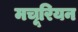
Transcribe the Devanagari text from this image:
मचूरियन